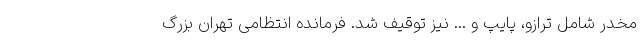
مخدر شامل ترازو، پایپ و ... نیز توقیف شد. فرمانده انتظامی تهران بزرگ